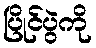
ပြိုင်ပွဲကို